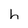
Character: h